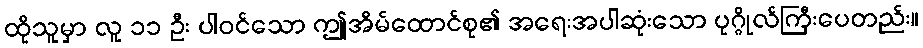
ထိုသူမှာ လူ ၁၁ ဦး ပါဝင်သော ဤအိမ်ထောင်စု၏ အရေးအပါဆုံးသော ပုဂ္ဂိုလ်ကြီးပေတည်း။